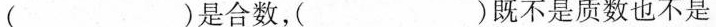
( )是合数，( )既不是质数也不是